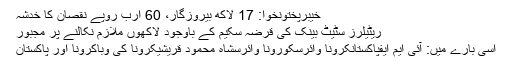
خیبرپختونخوا: 17 لاکھ بیروزگار، 60 ارب روپے نقصان کا خدشہ
ریٹیلرز سٹیٹ بینک کی قرضہ سکیم کے باوجود لاکھوں ملازم نکالنے پر مجبور
اسی بارے میں: آئی ایم ایفپاکستانکرونا وائرسکورونا وائرسشاہ محمود قریشیکرونا کی وباکرونا اور پاکستان